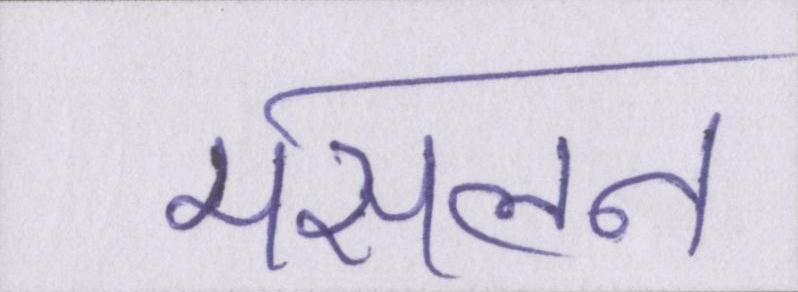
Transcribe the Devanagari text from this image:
मसलन